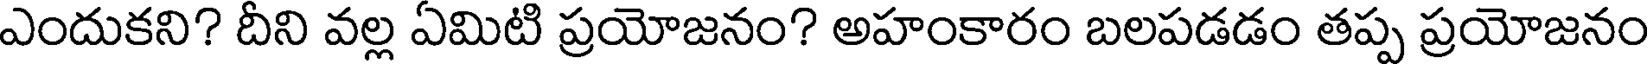
ఎందుకని? దీని వల్ల ఏమిటి ప్రయోజనం? అహంకారం బలపడడం తప్ప ప్రయోజనం